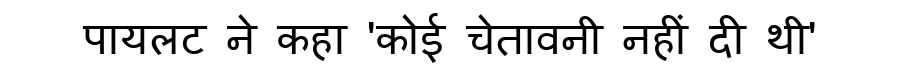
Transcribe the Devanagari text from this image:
पायलट ने कहा 'कोई चेतावनी नहीं दी थी'